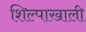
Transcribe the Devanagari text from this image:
शिल्पाखाली